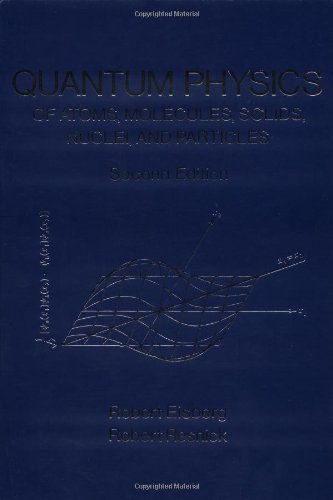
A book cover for Quantum Physics of Atoms, Molecules, Solids, Nuclei, and Particles; Robert Eisberg; Science & Math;